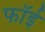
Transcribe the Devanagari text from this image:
फॉई